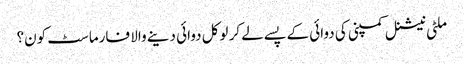
ملٹی نیشنل کمپنی کی دوائی کے پسے لے کر لوکل دوائی دینے والا فارماسٹ کون؟